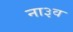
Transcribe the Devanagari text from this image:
ना३व